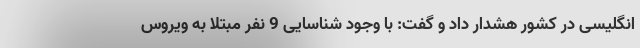
انگلیسی در کشور هشدار داد و گفت: با وجود شناسایی 9 نفر مبتلا به ویروس